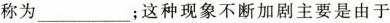
称为______；这种现象不断加剧主要是由于